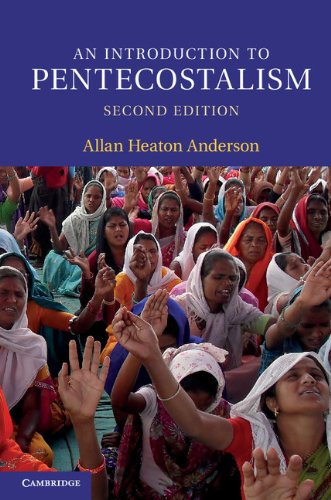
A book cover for An Introduction to Pentecostalism: Global Charismatic Christianity (Introduction to Religion); Allan Heaton Anderson; Religion & Spirituality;